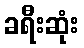
ခရီးဆုံး